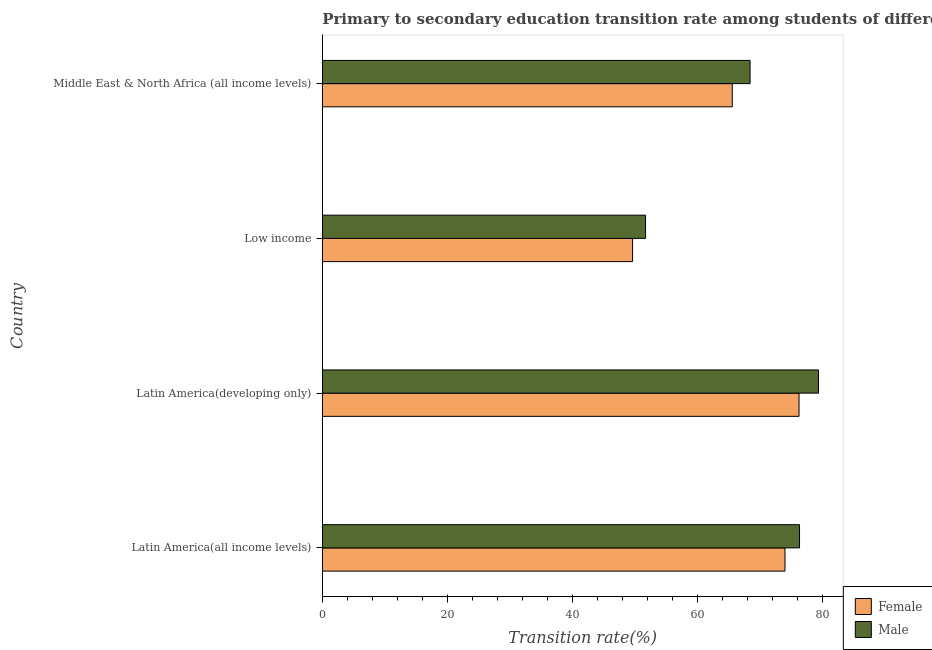
| Country | Female | Male |
 | --- | --- | --- |
 | Latin America(all income levels) | 74 | 76.4 |
 | Latin America(developing only) | 76.3 | 79.4 |
 | Low income | 49.6 | 51.7 |
 | Middle East & North Africa (all income levels) | 65.6 | 68.4 |